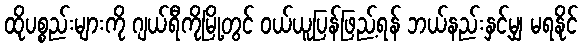
ထိုပစ္စည်းများကို ဂျယ်ရီကိုမြို့တွင် ဝယ်ယူပြန်ဖြည့်ရန် ဘယ်နည်းနှင့်မျှ မရနိုင်